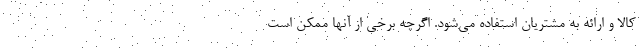
کالا و ارائه به مشتریان استفاده می‌شود. اگرچه برخی از آنها ممکن است